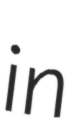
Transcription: in